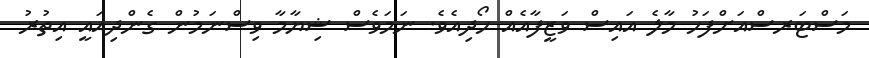
މަސްޓަރސްއަށްފަހު މާލެ އައިސް ވަޒީފާއެއް ހޯދިއެވެ. ނަމަވެސް ޝިޔާމާ ވިސްނަމުން ގެންދިއައީ އިތުރު